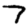
Digit: 7